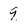
Character: 9